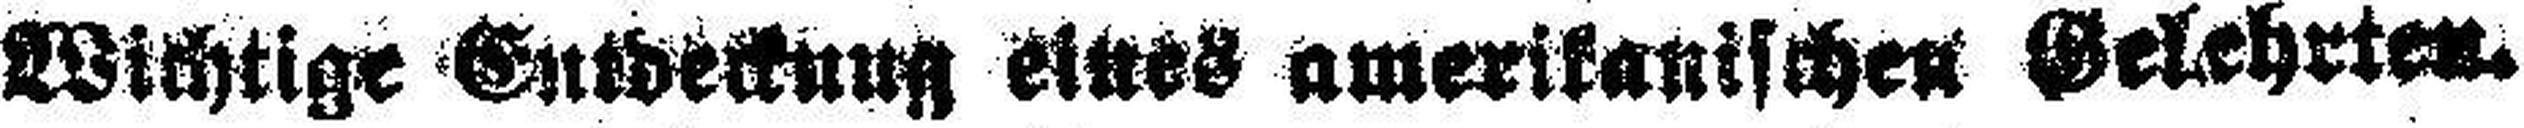
Wichtige Entdeckung amerikanischen Gelehrten.